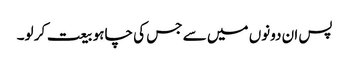
پس ان دونوں میں سے جس کی چاہو بیعت کر لو۔